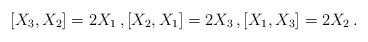
LaTeX: \begin{align*} [X_3,X_2]=2X_1\,, [X_2,X_1]=2X_3\,, [X_1,X_3]=2X_2\,.\end{align*}